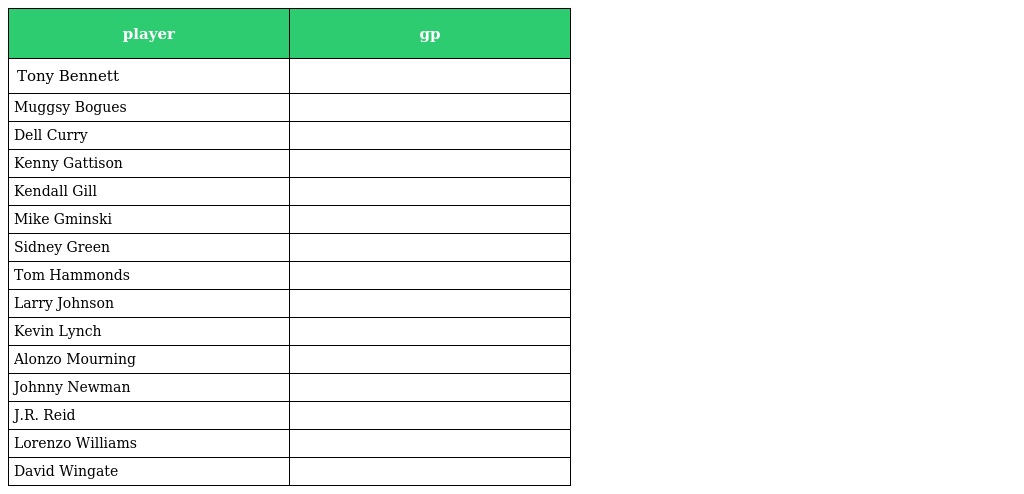
| player | gp |
 | --- | --- |
 | Tony Bennett |  |
 | Muggsy Bogues |  |
 | Dell Curry |  |
 | Kenny Gattison |  |
 | Kendall Gill |  |
 | Mike Gminski |  |
 | Sidney Green |  |
 | Tom Hammonds |  |
 | Larry Johnson |  |
 | Kevin Lynch |  |
 | Alonzo Mourning |  |
 | Johnny Newman |  |
 | J.R. Reid |  |
 | Lorenzo Williams |  |
 | David Wingate |  |